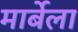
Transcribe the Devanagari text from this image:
मार्बेला